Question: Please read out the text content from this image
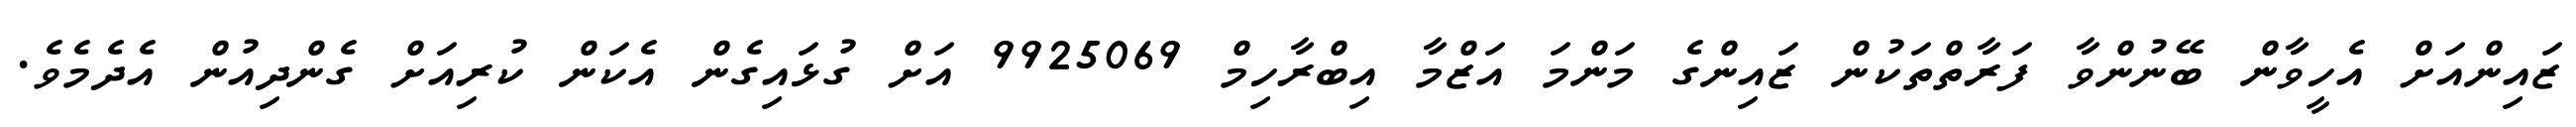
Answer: ޒައިންއަށް އެހީވާން ބޭނުންވާ ފަރާތްތަކުން ޒައިންގެ މަންމަ އަޒްމާ އިބްރާހިމް 9925069 އަށް ގުޅައިގެން އެކަން ކުރިއަށް ގެންދިއުން އެދެމެވެ.